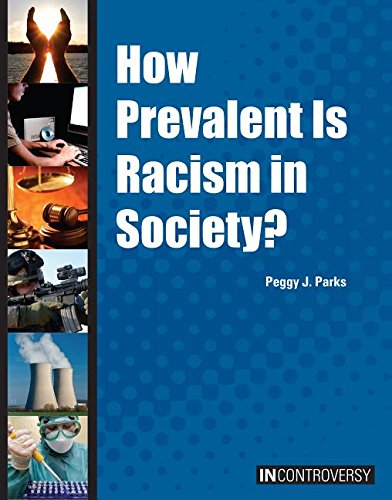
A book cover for How Prevalent Is Racism in Society? (In Controversy); Peggy J. Parks; Teen & Young Adult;